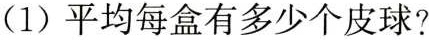
（1）平均每盒有多少个皮球？